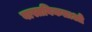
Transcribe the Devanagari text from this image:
वास्तविकताओ